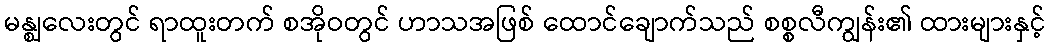
မန္ဈလေးတွင် ရာထူးတက် စအိုဝတွင် ဟာသအဖြစ် ထောင်ချောက်သည် စစ္စလီကျွန်း၏ ထားများနှင့်